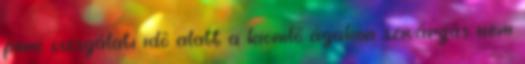
perc vizsgálati idõ alatt a kiömlõ ágakon szivárgás nem